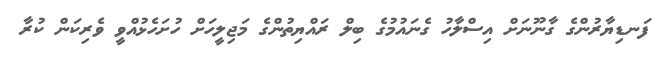
ފަނޑިޔާރުންގެ ގާނޫނަށް އިސްލާހު ގެނައުމުގެ ބިލް ރައްޔިތުންގެ މަޖިލީހަށް ހުށަހެޅުއްވީ ވެރިކަން ކުރާ